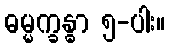
ဓမ္မက္ခန္ဓာ ၅-ပါး။